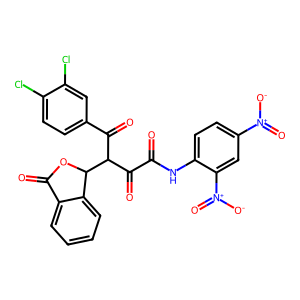
SMILES: O=C(Nc1ccc([N+](=O)[O-])cc1[N+](=O)[O-])C(=O)C(C(=O)c1ccc(Cl)c(Cl)c1)C1OC(=O)c2ccccc21
Inhibits HIV replication: No